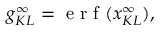
g _ { K L } ^ { \infty } = \mathrm { ~ e ~ r ~ f ~ } ( x _ { K L } ^ { \infty } ) ,